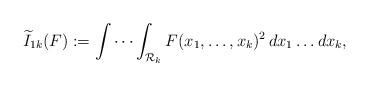
LaTeX: \begin{align*}\widetilde{I}_{1k}(F) := \idotsint_{\mathcal{R}_k} F(x_1,\dots,x_k)^2 \,dx_1 \dots dx_k,\end{align*}